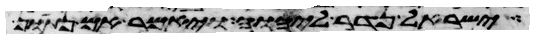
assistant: ישראל נדר ליהוה ויאמר אם נתון